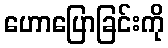
ဟောပြောခြင်းကို